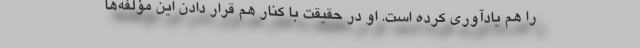
را هم یادآوری کرده است. او در حقیقت با کنار هم قرار دادن این مؤلفه‌ها